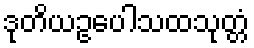
ဒုတိယဥပေါသထသုတ္တံ